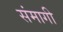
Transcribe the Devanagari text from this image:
संमागी